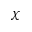
\chi